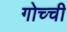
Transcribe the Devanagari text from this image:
गोच्ची